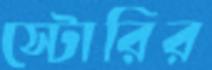
স্টোরির